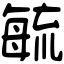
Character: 毓